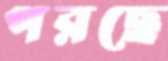
পরছে